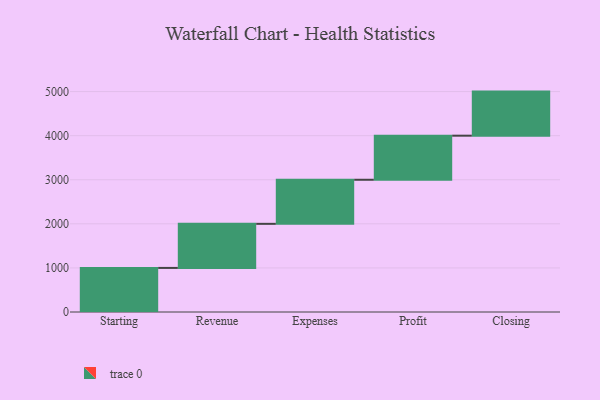
{"axis": {"x": "Step", "y": "Value"}, "legend": [""], "data": [{"x": "Starting", "y": 1000, "type": ""}, {"x": "Revenue", "y": 1000, "type": ""}, {"x": "Expenses", "y": 1000, "type": ""}, {"x": "Profit", "y": 1000, "type": ""}, {"x": "Closing", "y": 1000, "type": ""}]}